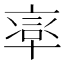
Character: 𠦸